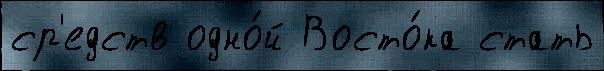
ср'едств одно́й Восто́ка стать